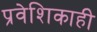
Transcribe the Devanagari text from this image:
प्रवेशिकाही